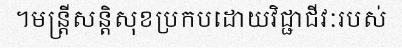
។មន្ត្រីសន្តិសុខប្រកបដោយវិជ្ជាជីវៈរបស់